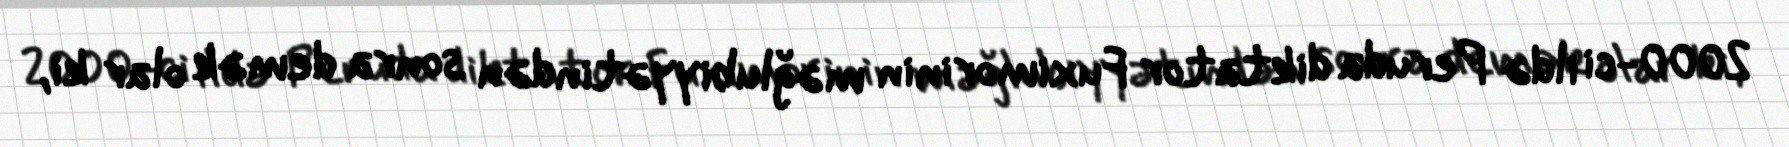
2000-ci ildə Peruda diktator Fuximorinin məğlubiyyətindən sonra demək olar ki,